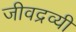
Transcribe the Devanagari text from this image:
जीवद्रव्यी